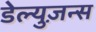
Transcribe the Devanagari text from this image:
डेल्युज़न्स